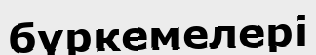
бүркемелері